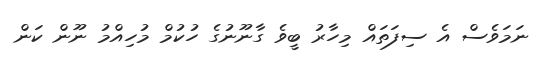
ނަމަވެސް އެ ސިފަތައް މިހާރު ބީވެ ގާނޫނުގެ ހުކުމް މުހިއްމު ނޫން ކަން